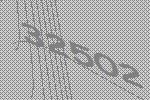
32502